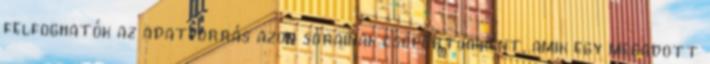
felfoghatók az adatforrás azon sorainak csoportjaiként, amik egy megadott